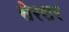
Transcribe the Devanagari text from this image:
सेरसर